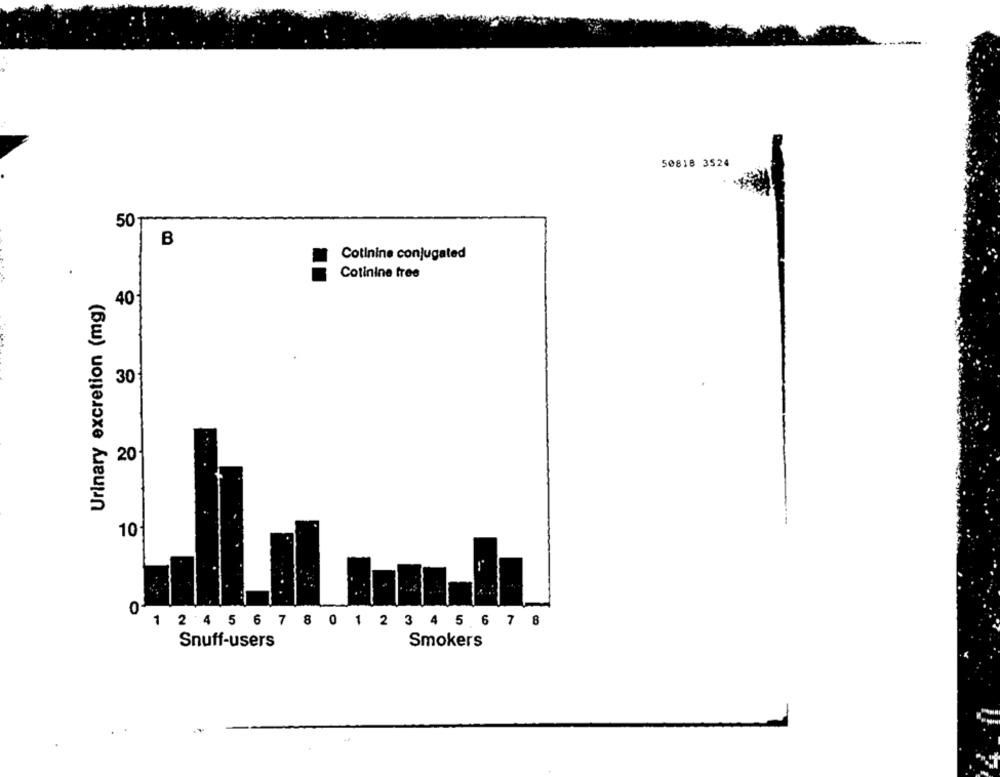
50818 3524
50
B
Cotinine conjugated
Cotinine tree
Urinary excretion (mg)
40
30
20
10
0
1
4 5 6 7 8
2 4 5 6 7 8 0 1 2 3
Snuff-users
Smokers